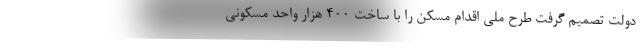
دولت تصمیم گرفت طرح ملی اقدام مسکن را با ساخت ۴۰۰ هزار واحد مسکونی